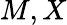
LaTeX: M,X